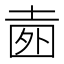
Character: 𡍐